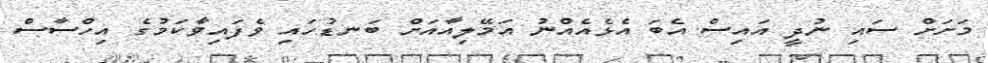
މަށަށް ސައި ނުދީ އައިސް އެބަ އެޅެއެއްނު އަމޭލިއާއަށް ބަނޑުހައި ވެފައިވާކަމުގެ އިހްސާސް